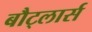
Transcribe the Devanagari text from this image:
बौट्लार्स